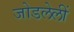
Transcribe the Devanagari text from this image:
जोडलेलीं